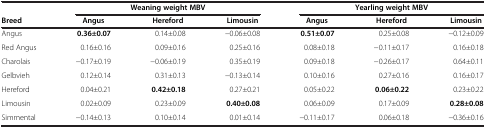
<table><thead><tr><td><b> </b></td><td colspan="3"><b>Weaning weight MBV</b></td><td colspan="3"><b>Yearling weight MBV</b></td></tr><tr><td><b>Breed</b></td><td><b>Angus</b></td><td><b>Hereford</b></td><td><b>Limousin</b></td><td><b>Angus</b></td><td><b>Hereford</b></td><td><b>Limousin</b></td></tr></thead><tbody><tr><td>Angus</td><td><b>0.36±0.07</b></td><td>0.14±0.08</td><td>−0.06±0.08</td><td><b>0.51±0.07</b></td><td>0.25±0.08</td><td>−0.12±0.09</td></tr><tr><td>Red Angus</td><td>0.16±0.16</td><td>0.09±0.16</td><td>0.25±0.16</td><td>0.08±0.18</td><td>−0.11±0.17</td><td>0.16±0.18</td></tr><tr><td>Charolais</td><td>−0.17±0.19</td><td>−0.06±0.19</td><td>0.35±0.19</td><td>0.09±0.18</td><td>−0.26±0.17</td><td>0.64±0.11</td></tr><tr><td>Gelbvieh</td><td>0.12±0.14</td><td>0.31±0.13</td><td>−0.13±0.14</td><td>0.10±0.16</td><td>0.27±0.16</td><td>0.16±0.17</td></tr><tr><td>Hereford</td><td>0.04±0.21</td><td><b>0.42±0.18</b></td><td>0.27±0.21</td><td>0.05±0.22</td><td><b>0.06±0.22</b></td><td>0.23±0.22</td></tr><tr><td>Limousin</td><td>0.02±0.09</td><td>0.23±0.09</td><td><b>0.40±0.08</b></td><td>0.06±0.09</td><td>0.17±0.09</td><td><b>0.28±0.08</b></td></tr><tr><td>Simmental</td><td>−0.14±0.13</td><td>0.10±0.14</td><td>0.01±0.14</td><td>−0.11±0.17</td><td>0.06±0.18</td><td>−0.36±0.16</td></tr></tbody></table>